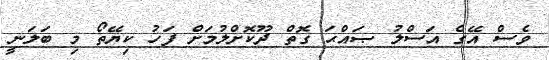
ވެސް އޭގެ އަސްލު ޞައްޙަ ގޮތް ދޫކޮށްލުމަށް ފަހު ކިޔޭތޯ މި ބަލަނީ